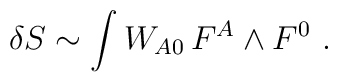
\delta S \sim \int W_{A0} \, F^{A} \wedge F^{0} \ .